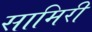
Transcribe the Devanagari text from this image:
सामिरी